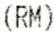
(RM)